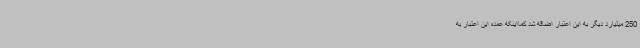
250 میلیارد دیگر به این اعتبار اضافه شد کمااینکه عمده این اعتبار به